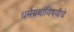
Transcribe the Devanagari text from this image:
धर्मग्रंथांविषयीचे